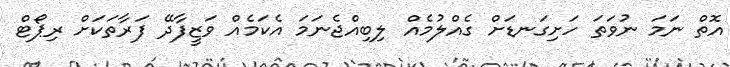
އޮތް ނަމަ ނުވަތަ ހަށިގަނޑަށް ގެއްލުމެއް ލިބިއްޖެނަމަ އެކަމެއް ވަޒީފާދޭ ފަރާތަކަށް ރިޕޯޓް